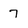
Character: 7